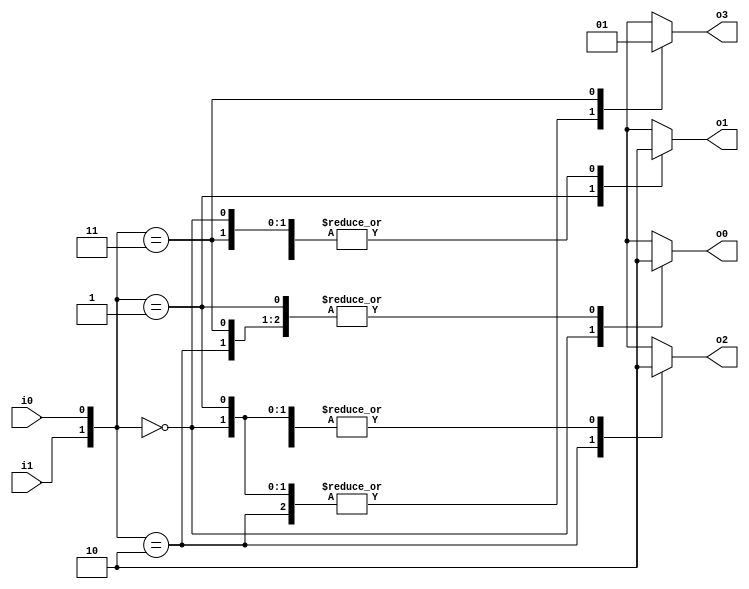
`timescale 1ns / 1ps
//////////////////////////////////////////////////////////////////////////////////
// Company: 
// 
// Design Name: Decoder 2x4 Behavioral
// Module Name: Decoder_2x4_Behavioral
// Project Name: 
// Target Devices: 
// Tool Versions: Vivado 2021.2
// Description: 
// 
// Dependencies: 
// 
// Revision:
// Revision 0.01 - File Created
// Additional Comments:
// 
//////////////////////////////////////////////////////////////////////////////////


module Decoder_2x4_Behavioral(
    o0,
    o1,
    o2,
    o3,
    i1,
    i0
    );

    output reg o0;
    output reg o1;
    output reg o2;
    output reg o3;
    input i1;
    input i0;
    
    always@(*)
    begin
        case({i1, i0})
            2'b00:
                begin
                    o0 = 1'b1;
                    o1 = 1'b0;
                    o2 = 1'b0;
                    o3 = 1'b0;
                end
            2'b01: 
                begin
                    o0 = 1'b0;
                    o1 = 1'b1;
                    o2 = 1'b0;
                    o3 = 1'b0;
                end 
            2'b10: 
                begin
                    o0 = 1'b0;
                    o1 = 1'b0;
                    o2 = 1'b1;
                    o3 = 1'b0;
                end 
            2'b11: 
                begin
                    o0 = 1'b0;
                    o1 = 1'b0;
                    o2 = 1'b0;
                    o3 = 1'b1;
                end 
        endcase
    end
endmodule